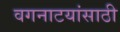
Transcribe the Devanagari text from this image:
वगनाटयांसाठी